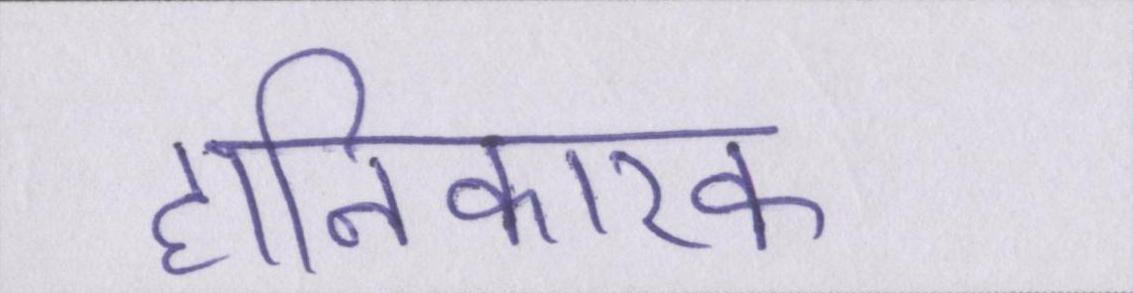
हानिकारक